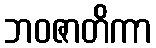
ဘဝဇာတိကာ